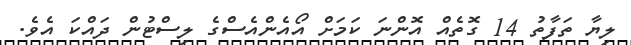
ލިޔާ ތަފާތު 14 ގޮތެއް އޮންނަ ކަމަށް އޯއެންއެސްގެ ލިސްޓުން ދައްކަ އެވެ.